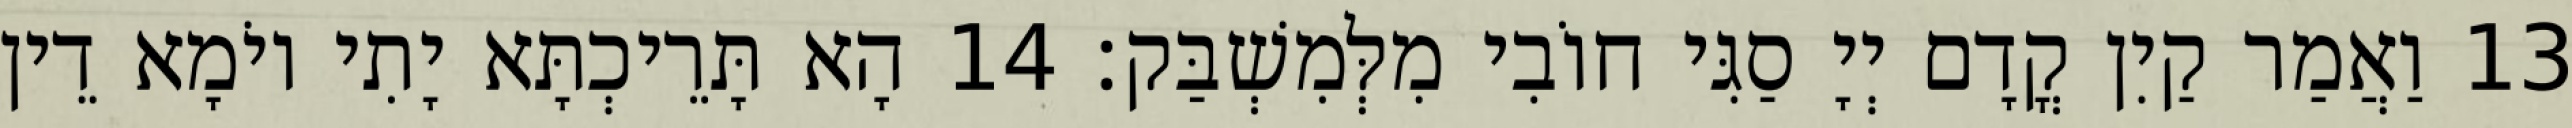
13 וַאֲמַר קַיִן קֳדָם יְיָ סַגִּי חוֹבִי מִלְּמִשְׁבַּק׃ 14 הָא תָּרֵיכְתָּא יָתִי יוֹמָא דֵין